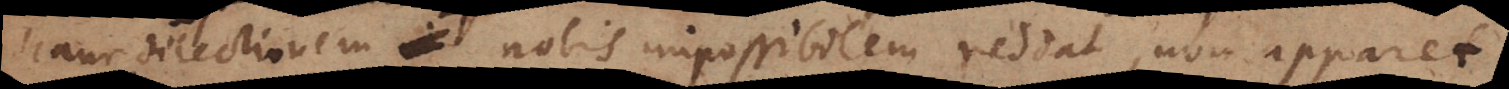
hanc dilectionem nobis impossibilem reddat, non apparet.